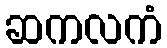
ဆကလကံ